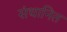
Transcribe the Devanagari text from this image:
संधानित